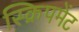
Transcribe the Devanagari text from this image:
स्क्रिपमेंट